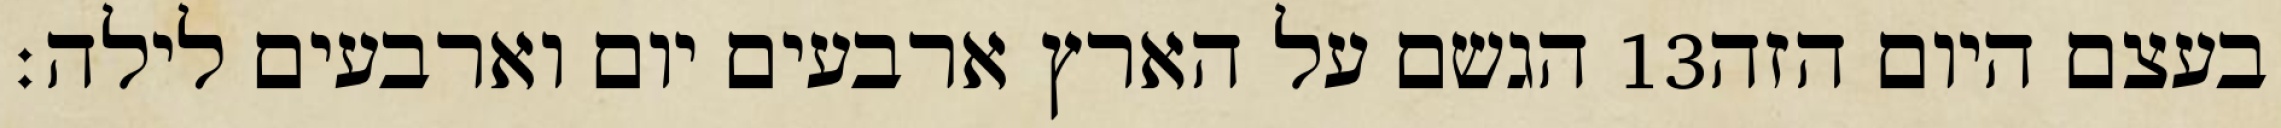
הגשם על הארץ ארבעים יום וארבעים לילה׃ ‎13‏ בעצם היום הזה